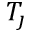
T _ { \jmath }